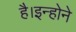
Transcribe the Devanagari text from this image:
है।इन्होने